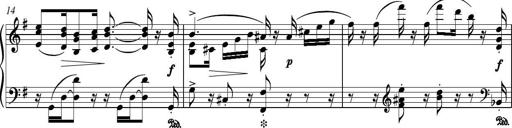
Title: Piano Sonatina in G major
Composer: Johan Peter Emilius Hartmann
Key: G major